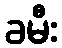
ခမီး